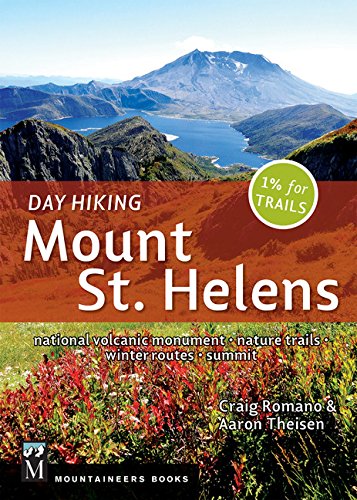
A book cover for Day Hiking Mount St. Helens: National Monument, Dark Divide, Cowlitz River Valley; Craig Romano; Travel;